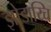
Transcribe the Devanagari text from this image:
झोडाय्चि